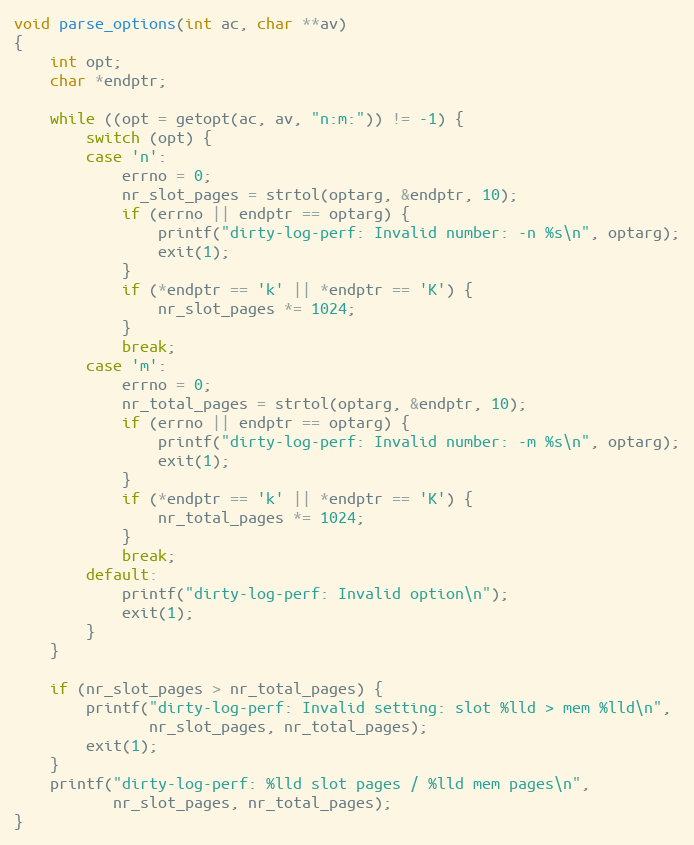
Language: C++
void parse_options(int ac, char **av)
{
    int opt;
    char *endptr;

    while ((opt = getopt(ac, av, "n:m:")) != -1) {
        switch (opt) {
        case 'n':
            errno = 0;
            nr_slot_pages = strtol(optarg, &endptr, 10);
            if (errno || endptr == optarg) {
                printf("dirty-log-perf: Invalid number: -n %s\n", optarg);
                exit(1);
            }
            if (*endptr == 'k' || *endptr == 'K') {
                nr_slot_pages *= 1024;
            }
            break;
        case 'm':
            errno = 0;
            nr_total_pages = strtol(optarg, &endptr, 10);
            if (errno || endptr == optarg) {
                printf("dirty-log-perf: Invalid number: -m %s\n", optarg);
                exit(1);
            }
            if (*endptr == 'k' || *endptr == 'K') {
                nr_total_pages *= 1024;
            }
            break;
        default:
            printf("dirty-log-perf: Invalid option\n");
            exit(1);
        }
    }

    if (nr_slot_pages > nr_total_pages) {
        printf("dirty-log-perf: Invalid setting: slot %lld > mem %lld\n",
               nr_slot_pages, nr_total_pages);
        exit(1);
    }
    printf("dirty-log-perf: %lld slot pages / %lld mem pages\n",
           nr_slot_pages, nr_total_pages);
}